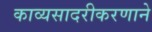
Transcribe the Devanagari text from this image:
काव्यसादरीकरणाने